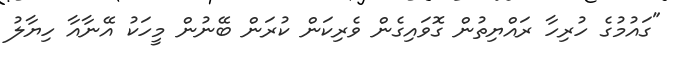
"ގައުމުގެ ހުރިހާ ރައްޔިތުން ގޮވައިގެން ވެރިކަން ކުރަން ބޭނުން މީހަކު އޭނާއާ ހިޔާލު